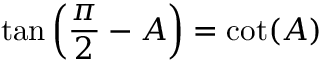
\tan \left( { \frac { \pi } { 2 } } - A \right) = \cot ( A )